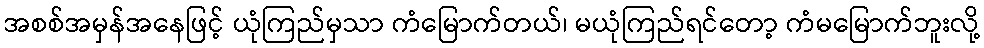
အစစ်အမှန်အနေဖြင့် ယုံကြည်မှသာ ကံမြောက်တယ်၊ မယုံကြည်ရင်တော့ ကံမမြောက်ဘူးလို့